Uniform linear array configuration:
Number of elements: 48
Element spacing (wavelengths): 0.5
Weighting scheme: kaiser
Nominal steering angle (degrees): -15
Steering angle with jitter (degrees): -15.183
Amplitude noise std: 0.05
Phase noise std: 0.05

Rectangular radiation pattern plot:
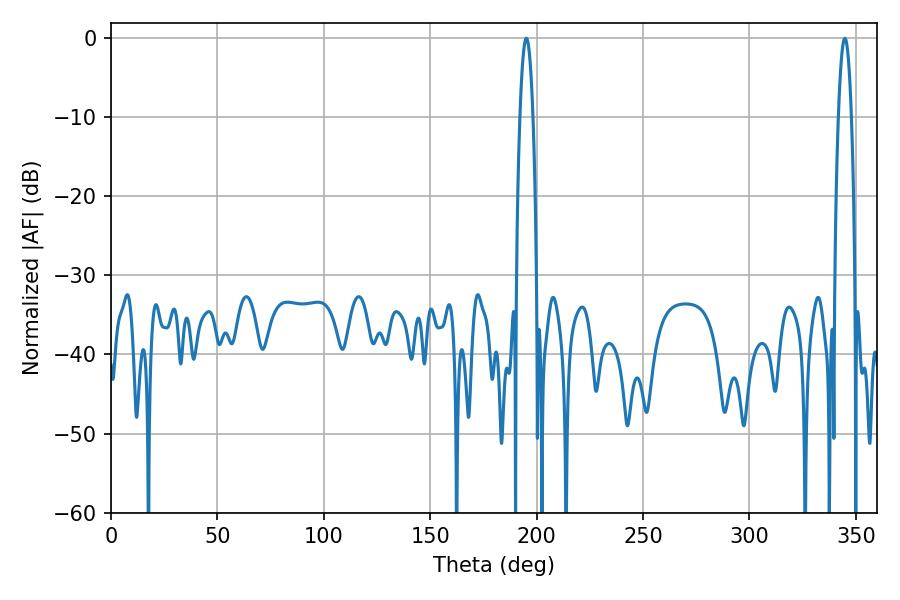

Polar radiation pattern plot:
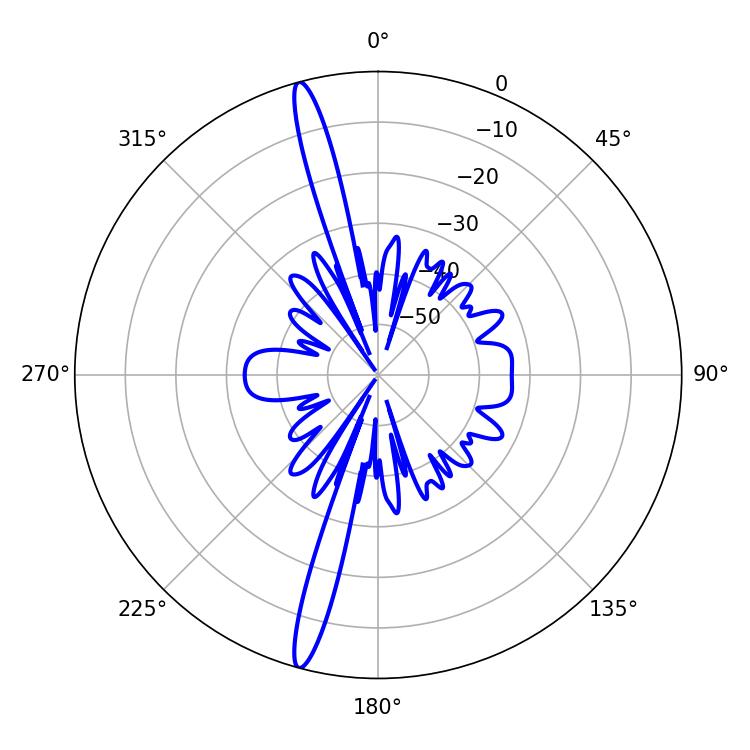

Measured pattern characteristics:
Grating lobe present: FALSE
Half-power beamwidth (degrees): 3.42
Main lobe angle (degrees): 195.12